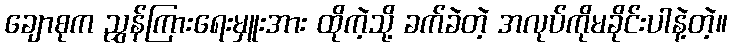
ချောစုက ညွှန်ကြားရေးမှူးအား ထိုကဲ့သို့ ခက်ခဲတဲ့ အလုပ်ကိုမခိုင်းပါနဲ့တဲ့။